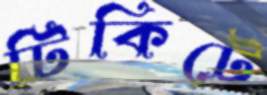
টিকিটে